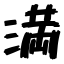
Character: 満